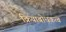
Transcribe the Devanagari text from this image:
क्रियाबोधकत्व